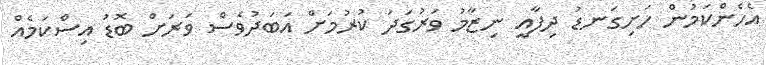
އެހެންކަމުން ހަށިގަނޑު ދިފާއީ ނިޒާމު ވަރުގަދަ ކުރުމަށް އަބަދުވެސް ވަރަށް ބޮޑު އިސްކަމެއް